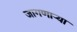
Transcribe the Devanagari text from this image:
जागणाऱ्या